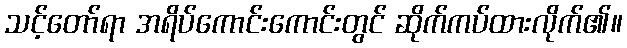
သင့်တော်ရာ အရိပ်ကောင်းကောင်းတွင် ဆိုက်ကပ်ထားလိုက်၏။